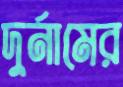
দুর্নামের